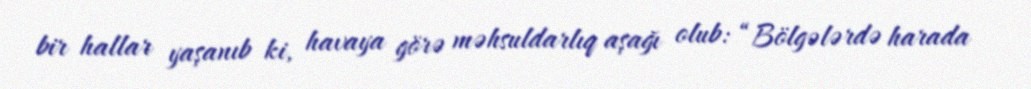
bir hallar yaşanıb ki, havaya görə məhsuldarlıq aşağı olub: “Bölgələrdə harada